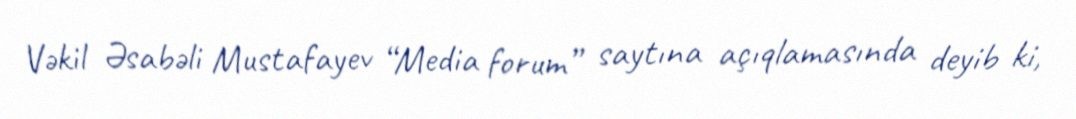
Vəkil Əsabəli Mustafayev “Media forum” saytına açıqlamasında deyib ki,